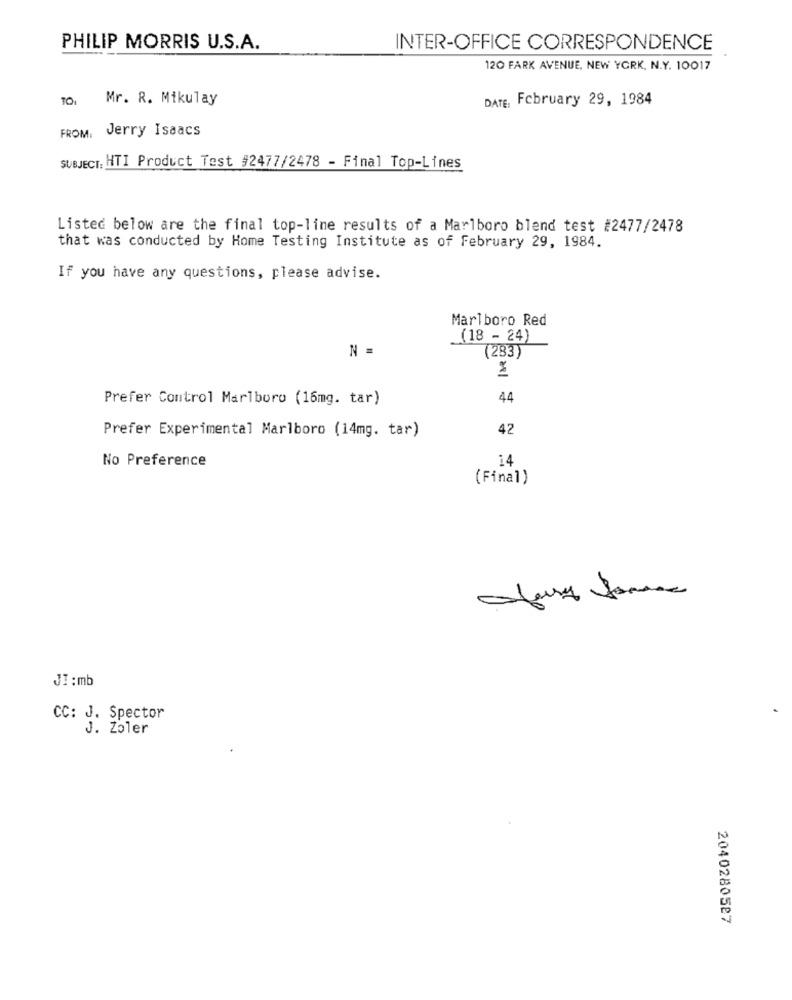
PHILIP MORRIS U.S.A.
INTER-OFFICE CORRESPONDENCE
120 FARK AVENUE, NEW YORK, N.Y. 10017
Mr. R. Mikulay
DATE: February 29, 1984
FROM, Jerry Isaacs
SUBJECT: HTI Product Test #2477/2478 - Final Top-Lines
Listed below are the final top-line results of a Marlboro blend test #2477/2478
that was conducted by Home Testing Institute as of February 29, 1984.
If you have any questions, please advise.
Marlboro Red
(18 - 24)
N =
(283)
Prefer Control Marlboro (16mg. tar)
44
Prefer Experimental Marlboro (14mg. tar)
42
No Preference
14
(Final)
J !: mb
CC: J. Spector
J. Zoler
2040280527